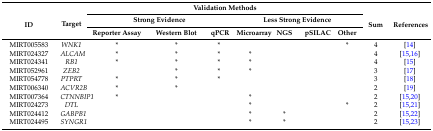
<table><thead><tr><td rowspan="3"><b>ID</b></td><td rowspan="3"><b>Target</b></td><td colspan="7"><b>Validation Methods</b></td><td rowspan="3"><b>Sum</b></td><td rowspan="3"><b>References</b></td></tr><tr><td colspan="3"><b>Strong Evidence</b></td><td colspan="4"><b>Less Strong Evidence</b></td></tr><tr><td><b>Reporter Assay</b></td><td><b>Western Blot</b></td><td><b>qPCR</b></td><td><b>Microarray</b></td><td><b>NGS</b></td><td><b>pSILAC</b></td><td><b>Other</b></td></tr></thead><tbody><tr><td>MIRT005583</td><td><i>WNK1</i></td><td>*</td><td>*</td><td>*</td><td></td><td></td><td></td><td>*</td><td>4</td><td>[14]</td></tr><tr><td>MIRT024327</td><td><i>ALCAM</i></td><td>*</td><td>*</td><td>*</td><td>*</td><td></td><td></td><td></td><td>4</td><td>[15,16]</td></tr><tr><td>MIRT024341</td><td><i>RB1</i></td><td>*</td><td>*</td><td>*</td><td>*</td><td></td><td></td><td></td><td>4</td><td>[15]</td></tr><tr><td>MIRT052961</td><td><i>ZEB2</i></td><td></td><td>*</td><td>*</td><td>*</td><td></td><td></td><td></td><td>3</td><td>[17]</td></tr><tr><td>MIRT054778</td><td><i>PTPRT</i></td><td>*</td><td>*</td><td>*</td><td></td><td></td><td></td><td></td><td>3</td><td>[18]</td></tr><tr><td>MIRT006340</td><td><i>ACVR2B</i></td><td>*</td><td>*</td><td></td><td></td><td></td><td></td><td></td><td>2</td><td>[19]</td></tr><tr><td>MIRT007364</td><td><i>CTNNBIP1</i></td><td>*</td><td></td><td></td><td>*</td><td></td><td></td><td></td><td>2</td><td>[15,20]</td></tr><tr><td>MIRT024273</td><td><i>DTL</i></td><td></td><td></td><td></td><td>*</td><td></td><td></td><td>*</td><td>2</td><td>[15,21]</td></tr><tr><td>MIRT024412</td><td><i>GABPB1</i></td><td></td><td></td><td></td><td>*</td><td>*</td><td></td><td></td><td>2</td><td>[15,22]</td></tr><tr><td>MIRT024495</td><td><i>SYNGR1</i></td><td></td><td></td><td></td><td>*</td><td>*</td><td></td><td></td><td>2</td><td>[15,23]</td></tr></tbody></table>